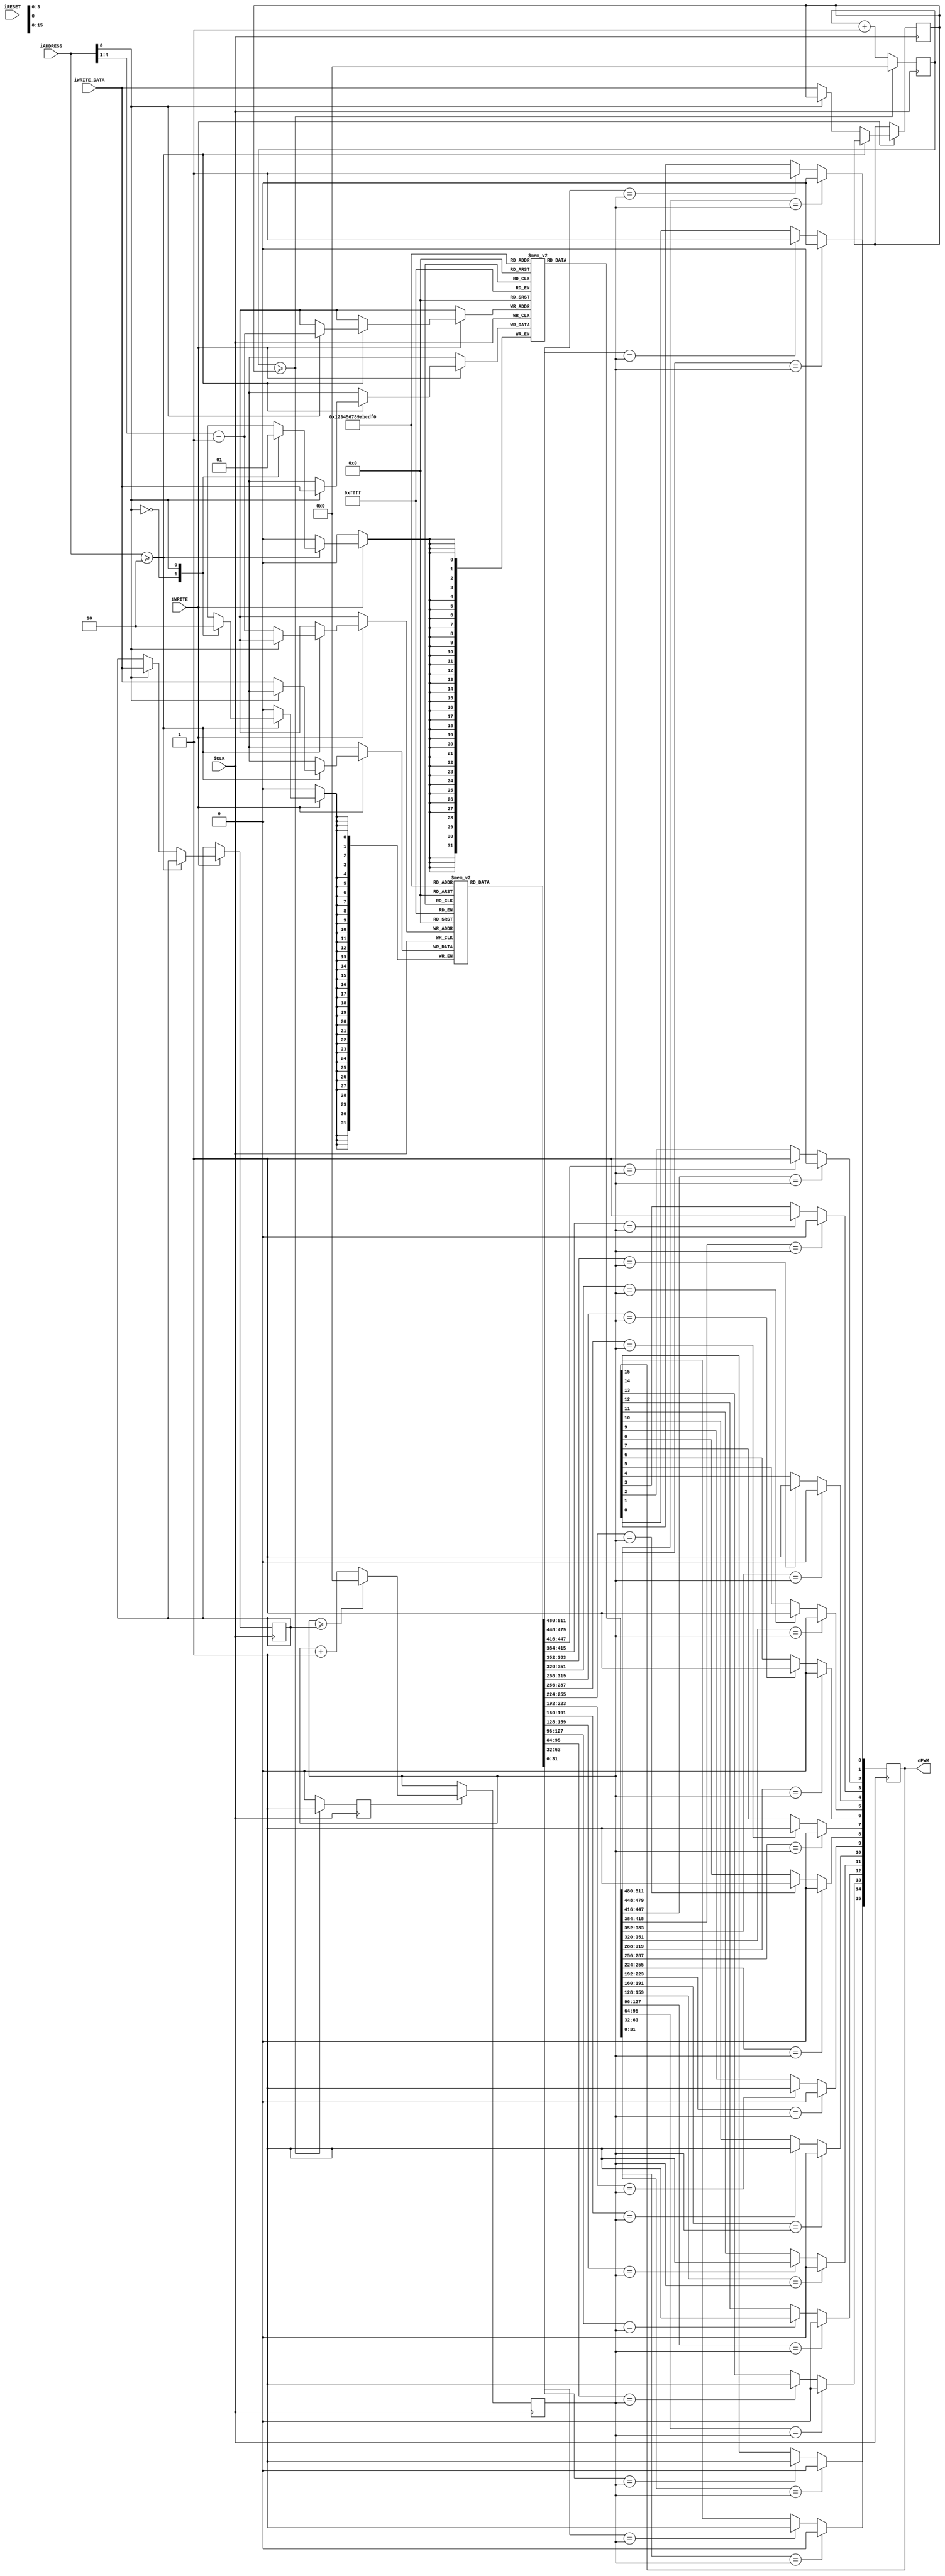
/*
* Copyright 2018 ARDUINO SA (http://www.arduino.cc/)
* This file is part of Vidor IP.
* Copyright (c) 2018
*
* This software is released under:
* The GNU General Public License, which covers the main part of 
* Vidor IP
* The terms of this license can be found at:
* https://www.gnu.org/licenses/gpl-3.0.en.html
*
* You can be released from the requirements of the above licenses by purchasing
* a commercial license. Buying such a license is mandatory if you want to modify or
* otherwise use the software for commercial activities involving the Arduino
* software without disclosing the source code of your own applications. To purchase
* a commercial license, send an email to license@arduino.cc.
*
*/

module PWM #(
  parameter pCHANNELS=16,
  parameter pPRESCALER_BITS=32,
  parameter pMATCH_BITS=32

) 
(
  input                              iCLK,
  input                              iRESET,
  
  input [$clog2(2*pCHANNELS+2)-1:0]  iADDRESS,
  input [31:0]                       iWRITE_DATA,
  input                              iWRITE,
  
  output reg [pCHANNELS-1:0]         oPWM
);

// register declaration  
reg [pPRESCALER_BITS-1:0] rPRESCALER_CNT;
reg [pPRESCALER_BITS-1:0] rPRESCALER_MAX;

reg [pMATCH_BITS-1:0] rPERIOD_CNT;
reg [pMATCH_BITS-1:0] rPERIOD_MAX;
reg [pMATCH_BITS-1:0] rMATCH_H [pCHANNELS-1:0];
reg [pMATCH_BITS-1:0] rMATCH_L [pCHANNELS-1:0];
reg rTICK;

integer i;

always @(posedge iCLK)
begin
  // logic to interface with bus.
  // register map is as follows:
  // 0: prescaler value
  // 1: PWM period
  // even registers >=2: value at which PWM output is set high
  // odd registers >=2: value at which PWM output is set low
  if (iWRITE) begin
    // the following statement is executed only if address is >=2. case on iADDRESS[0]
    // selects if address is odd (iADDRESS[0]=1) or even (iADDRESS[0]=0)
    if (iADDRESS>=2) case (iADDRESS[0])
      0: rMATCH_H[iADDRESS[$clog2(pCHANNELS):1]-1]<= iWRITE_DATA;
      1: rMATCH_L[iADDRESS[$clog2(pCHANNELS):1]-1]<= iWRITE_DATA;
    endcase
    else begin
      // we get here if iADDRESS<2
	    case (iADDRESS[0])
		    0: rPRESCALER_MAX<=iWRITE_DATA;
		    1: rPERIOD_MAX<=iWRITE_DATA;
		  endcase
    end
  end
        
  // prescaler is always incrementing       
  rPRESCALER_CNT<=rPRESCALER_CNT+1;
  rTICK<=0;
  if (rPRESCALER_CNT>= rPRESCALER_MAX) begin
    // if prescaler is equal or greater than the max value
    // we reset it and set the tick flag which will trigger the rest of the logic
    // note that tick lasts only one clock cycle as it is reset by the rTICK<= 0 above
    rPRESCALER_CNT<=0;
    rTICK <=1;
  end
  if (rTICK) begin
    // we get here each time rPRESCALER_CNT is reset. from here we increment the PWM
    // counter which is then clocked at a lower frequency.
    rPERIOD_CNT<=rPERIOD_CNT+1;
    if (rPERIOD_CNT>=rPERIOD_MAX) begin
      // and of course we reset the counter when we reach the max period.
      rPERIOD_CNT<=0;
    end
  end

  // this block implements the parallel comparators that actually generate the PWM outputs
  // the for loop actually generates an array of logic that compares the counter with
  // the high and low match values for each channel and set the output accordingly.
  for (i=0;i<pCHANNELS;i=i+1) begin
    if (rMATCH_H[i]==rPERIOD_CNT)
      oPWM[i] <=1;
    if (rMATCH_L[i]==rPERIOD_CNT)
      oPWM[i] <=0;
  end
end

endmodule